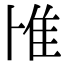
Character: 𨾇